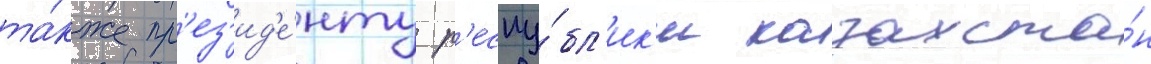
та́кже пр'ез'ид'е́нту р'еспу́бл'ик'и казахста́н